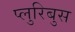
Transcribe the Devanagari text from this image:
प्लुरिबुस